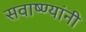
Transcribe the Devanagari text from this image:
सवाष्ण्यांनी